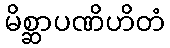
မိစ္ဆာပဏိဟိတံ